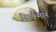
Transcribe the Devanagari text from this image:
किर्कमान